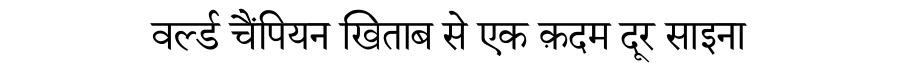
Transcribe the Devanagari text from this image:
वर्ल्ड चैंपियन खिताब से एक क़दम दूर साइना